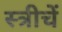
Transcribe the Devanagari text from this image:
स्त्रीचें